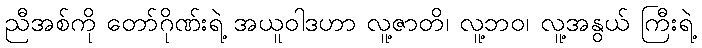
ညီအစ်ကို တော်ဂိုဏ်းရဲ့ အယူဝါဒဟာ လူ့ဇာတိ၊ လူ့ဘဝ၊ လူ့အနွယ် ကြီးရဲ့